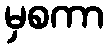
မှစကာ